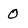
Character: 0